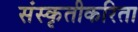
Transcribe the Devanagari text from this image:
संस्कृतीकरिता